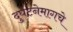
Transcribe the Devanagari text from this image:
दुर्घटनेमागचे